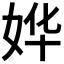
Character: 𫰡